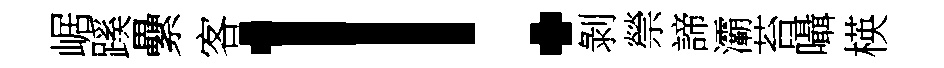
崌蹊纍客！剝禜諦灞苔囁楧